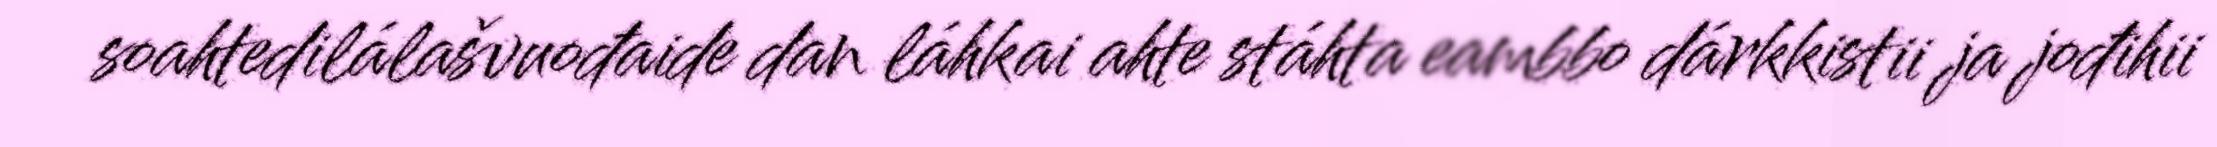
soahtedilálašvuođaide dan láhkai ahte stáhta eambbo dárkkistii ja jođihii